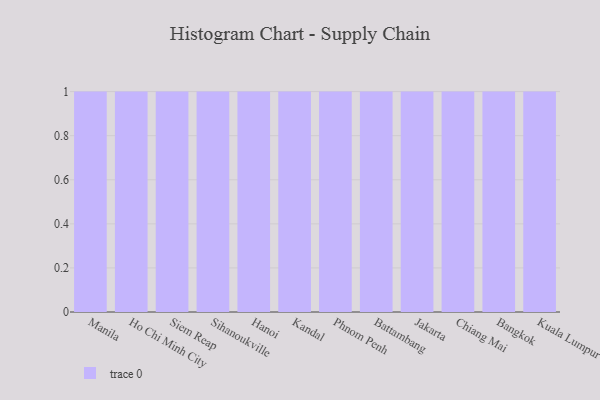
{"axis": {"x": "City", "y": "Energy Usage (MWh)"}, "legend": [""], "data": [{"x": "Manila", "y": 46, "type": ""}, {"x": "Ho Chi Minh City", "y": 6, "type": ""}, {"x": "Siem Reap", "y": 29, "type": ""}, {"x": "Sihanoukville", "y": 13, "type": ""}, {"x": "Hanoi", "y": 75, "type": ""}, {"x": "Kandal", "y": 40, "type": ""}, {"x": "Phnom Penh", "y": 18, "type": ""}, {"x": "Battambang", "y": 17, "type": ""}, {"x": "Jakarta", "y": 3, "type": ""}, {"x": "Chiang Mai", "y": 75, "type": ""}, {"x": "Bangkok", "y": 93, "type": ""}, {"x": "Kuala Lumpur", "y": 21, "type": ""}]}